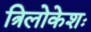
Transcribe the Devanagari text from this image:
त्रिलोकेशः